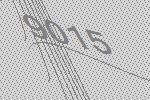
9015